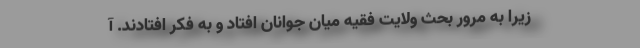
زیرا به مرور بحث ولایت فقیه میان جوانان افتاد و به فکر افتادند. آ